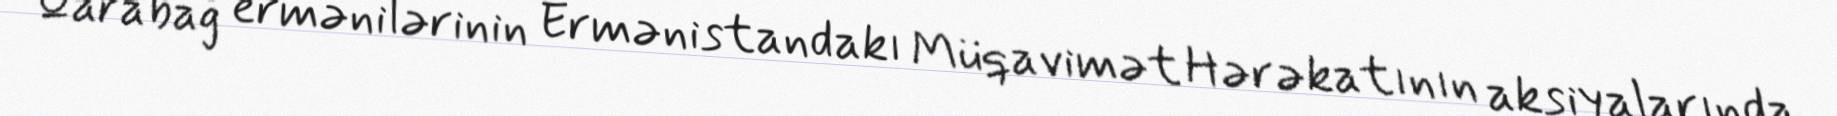
Qarabağ ermənilərinin Ermənistandakı Müqavimət Hərəkatının aksiyalarında